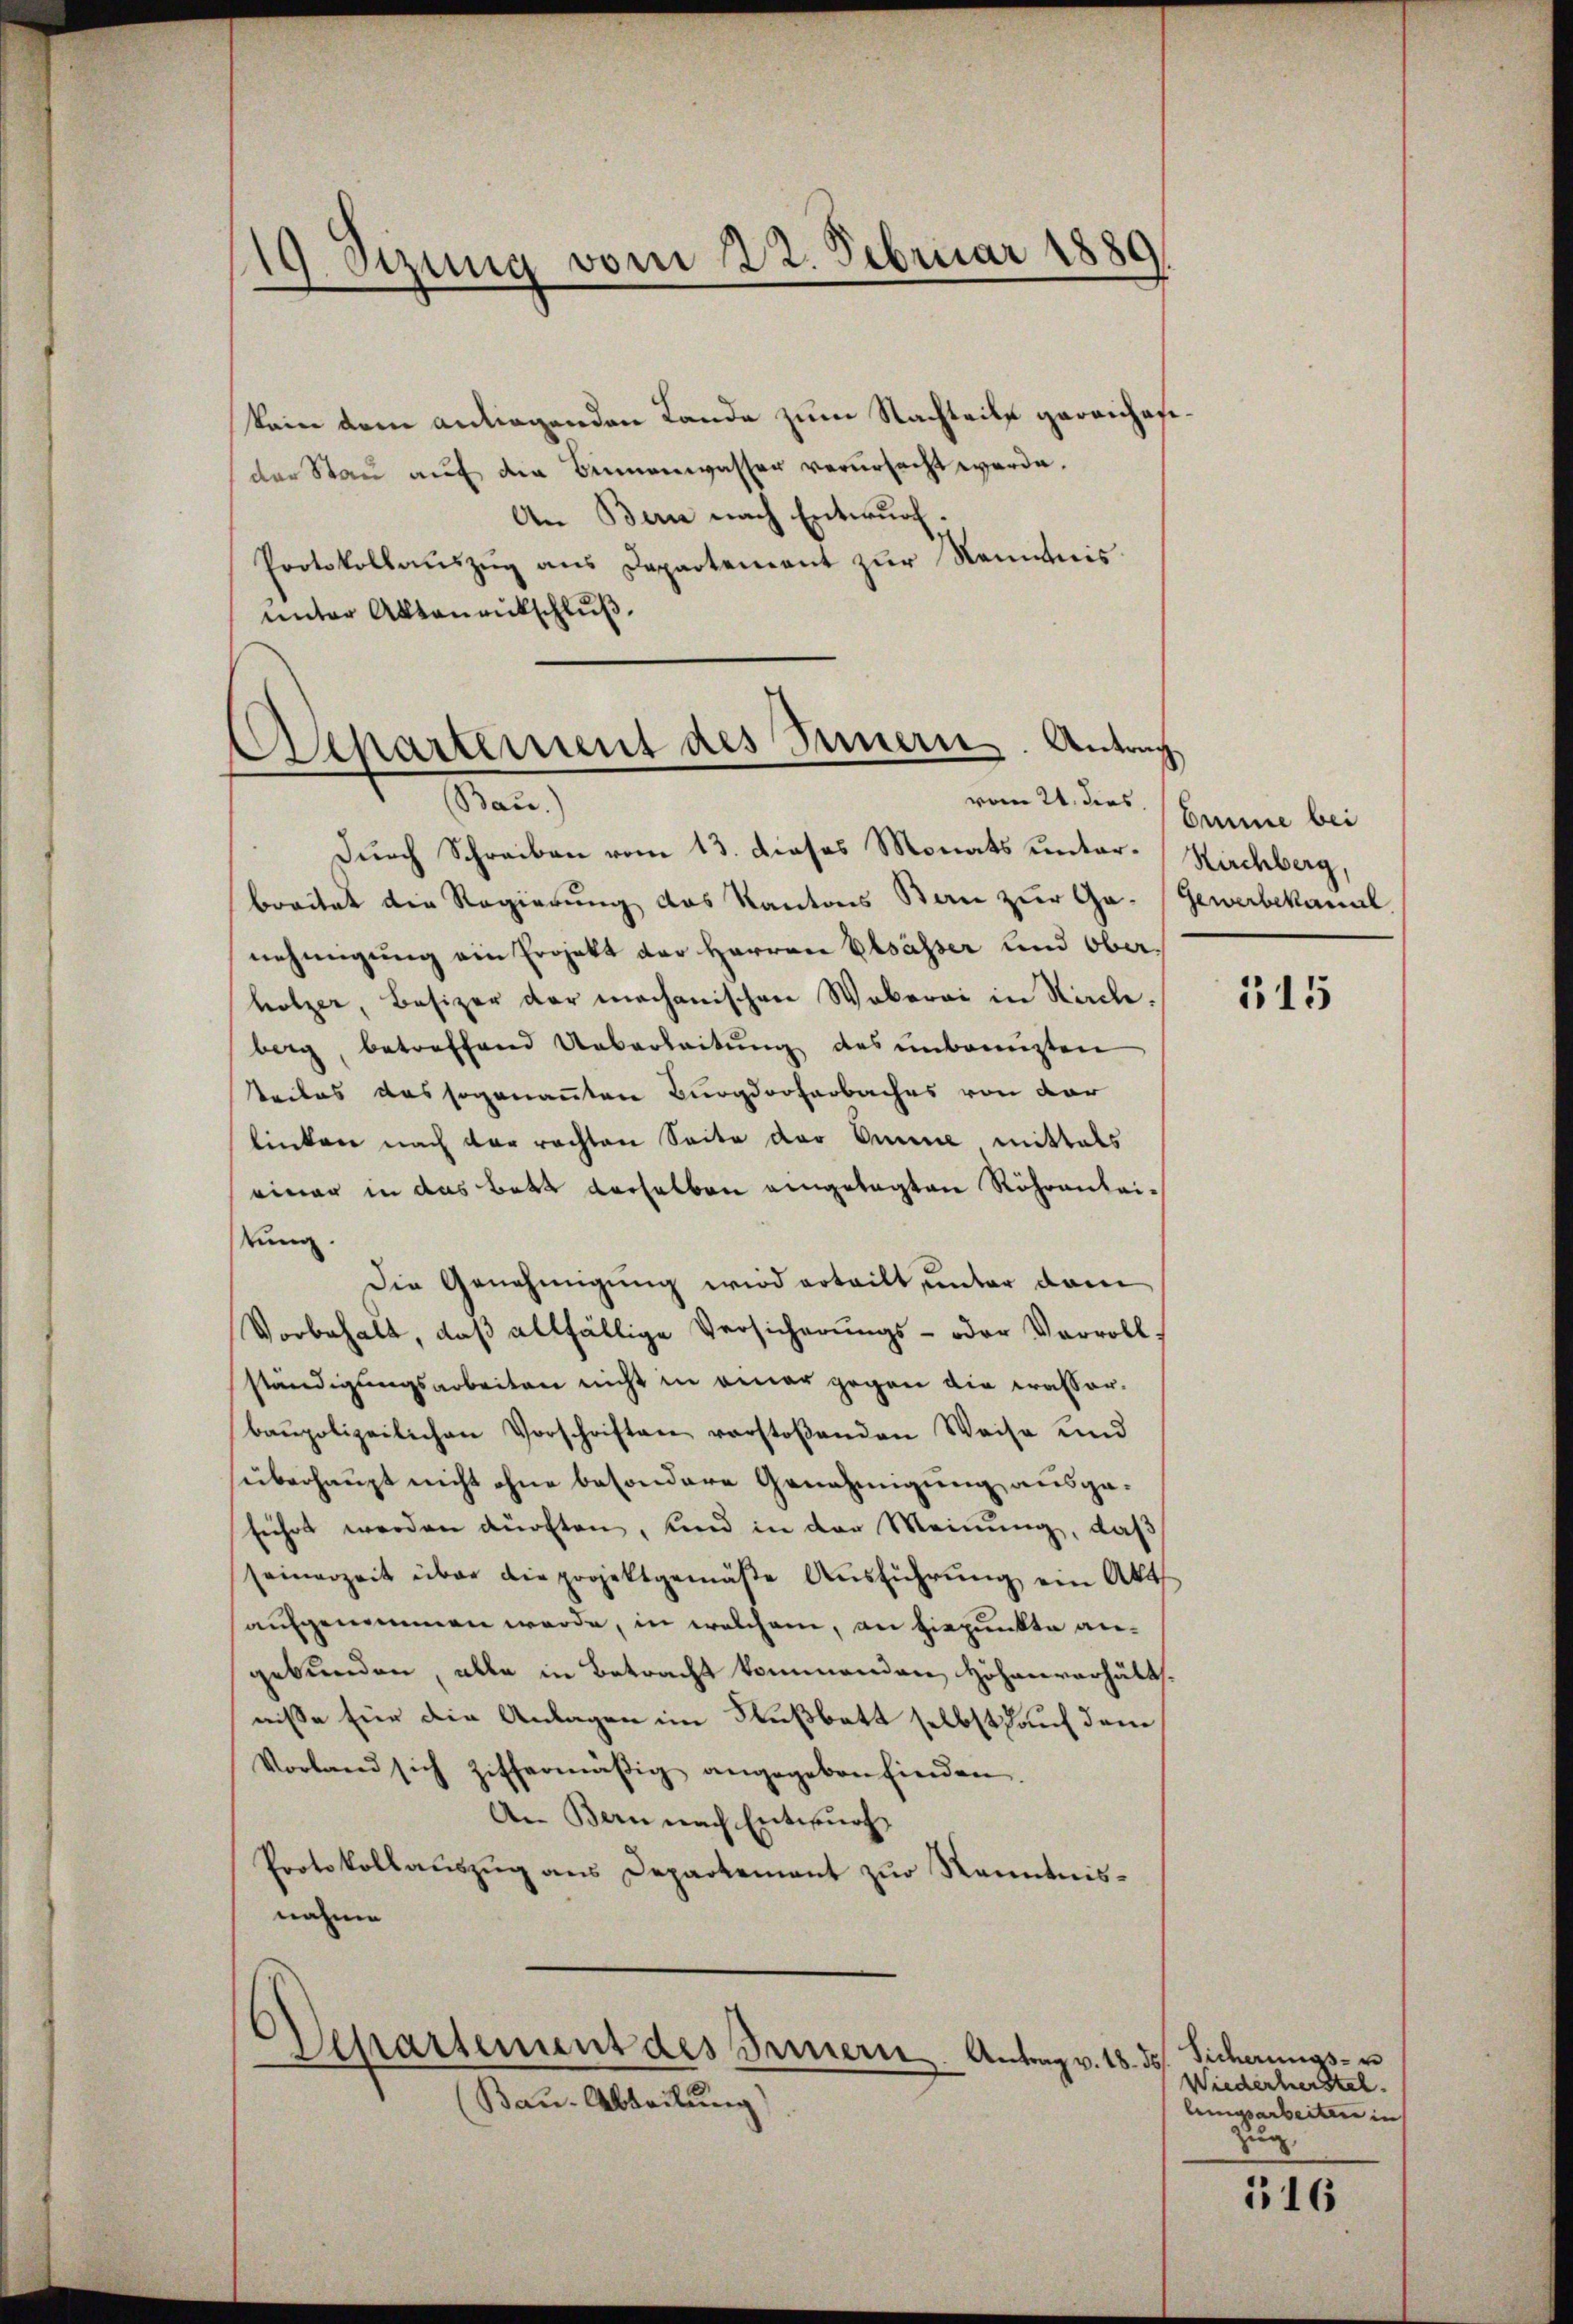
19. Sizung vom 22. Februar 1889

Separtement des Innern. Antrag
Bau)

kain dem anliegenden Lande zum Nachteile gereichafder Staŭ aŭf den Binnenwasser verŭrsacht werde.
An Bern nach Entwurf.
Protokollauszug aus Departement zur Nenntnis
unter Aktenantschluß

Departement des Bernern. Antrag v. 18.

Durch Schreiben vom 13. dieses Monats unterbreitet die Regierung des Kantons Bau zur Ge-
nehmigung ein Projekt der Herren Elsässer und Oberholzer, Besizer der mechanischen Weberei in Sticke.
berg, betreffend Ueberleitŭng des unbeengten
tteiles das sogenannten Burgdorferbaches von der
linken nach der rechten Seite der Omine mittels
einer in das Bett derselben eingelegten Röhrenleitung.
Die Genehmigung wird erteilt, unter dem
Vorbehalt, daβ allfällige Versicherŭngs- oder Verroll
ständigungsarbeiten nicht in einer gegen die Krasserbaupolizeilichen Vorschriften verstoβenden Weise und
überhaupt nicht ohne besondere Genehmigung ausgeführt werden dürften, Kind in der Meinung, daß
seinerzeit über die projektgemäβe Aŭsführŭng ein Akt
aufgenommen werde, in welchem, an hiepunkte angebunden, alle in Betracht kommenden Höhenverhält.
nisse für die Anlagen im Flußbett selbst auf dem
Vorland sich ziffermäβig angegeben finden.
An Bern nach Entwurf
Protokollauszug aus Departement zur Kenntnisnahme

Bau-Abteilung

vom 24. dies Eine bei

Kirchberg,
Gewerbekannt

515

Sicherungs- u
.
Wiederherstel
lingsarbeiten in
zug.

516